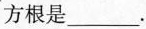
方根是___.